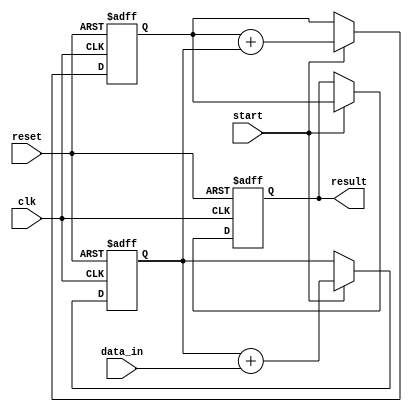
module PipelineAccumulator (
  input clk,
  input reset,
  input start,
  input [7:0] data_in,
  output reg [15:0] result
);

reg [7:0] stage1_out;
reg [15:0] stage2_out;

always @(posedge clk or posedge reset) begin
  if (reset) begin
    stage1_out <= 8'b0;
    stage2_out <= 16'b0;
    result <= 16'b0;
  end else if (start) begin
    stage1_out <= stage1_out + data_in;
    stage2_out <= stage2_out + stage1_out;
    result <= stage2_out;
  end
end

endmodule